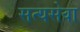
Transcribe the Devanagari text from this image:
सत्यसेवा